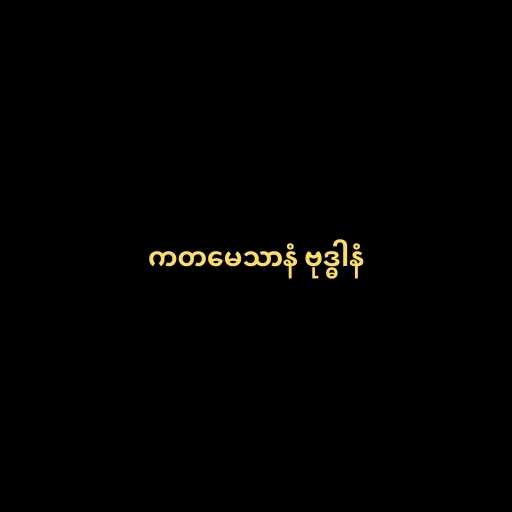
ကတမေသာနံ ဗုဒ္ဓါနံ